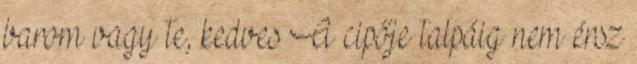
barom vagy te, kedves A cipője talpáig nem érsz